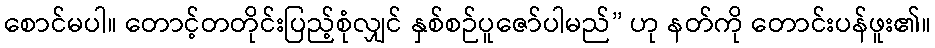
စောင်မပါ။ တောင့်တတိုင်းပြည့်စုံလျှင် နှစ်စဉ်ပူဇော်ပါမည်” ဟု နတ်ကို တောင်းပန်ဖူး၏။